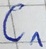
Text: C1